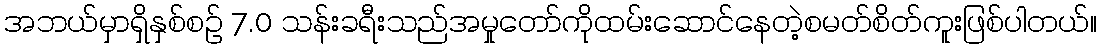
အဘယ်မှာရှိနှစ်စဉ် 7.0 သန်းခရီးသည်အမှုတော်ကိုထမ်းဆောင်နေတဲ့စမတ်စိတ်ကူးဖြစ်ပါတယ်။